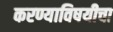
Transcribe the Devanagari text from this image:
करण्याविषयीचा